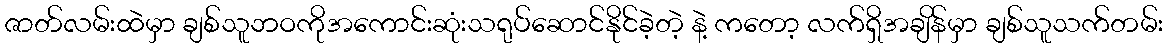
ဇာတ်လမ်းထဲမှာ ချစ်သူဘဝကိုအကောင်းဆုံးသရုပ်ဆောင်နိုင်ခဲ့တဲ့ နဲ့ ကတော့ လက်ရှိအချိန်မှာ ချစ်သူသက်တမ်း